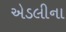
એડલીના